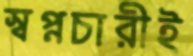
স্বপ্নচারীই